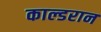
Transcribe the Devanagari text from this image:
काल्डरान